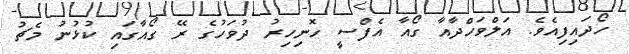
ހޯދައިފިއެވެ. އަލްވަހްދާއާ ގޯއާ އެފްސީ ހޮނިހިރު ދުވަހުގެ ރޭ ގޯއާގައި ކުޅުނު މެޗު